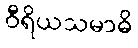
ဝီရိယသမာဓိ